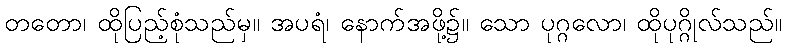
တတော၊ ထိုပြည့်စုံသည်မှ။ အပရံ၊ နောက်အဖို့၌။ သော ပုဂ္ဂလော၊ ထိုပုဂ္ဂိုလ်သည်။